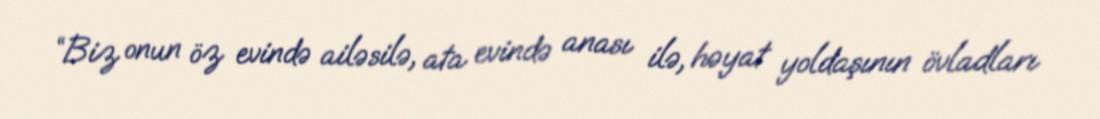
“Biz onun öz evində ailəsilə, ata evində anası ilə, həyat yoldaşının övladları